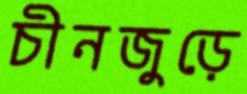
চীনজুড়ে